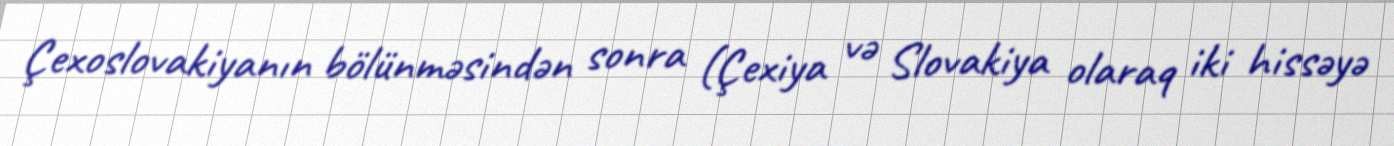
Çexoslovakiyanın bölünməsindən sonra (Çexiya və Slovakiya olaraq iki hissəyə